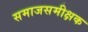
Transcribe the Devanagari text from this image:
समाजसमीक्षक